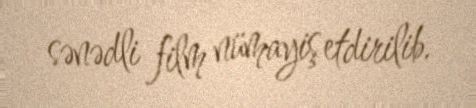
sənədli film nümayiş etdirilib.